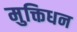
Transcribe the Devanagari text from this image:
मुक्तिधन